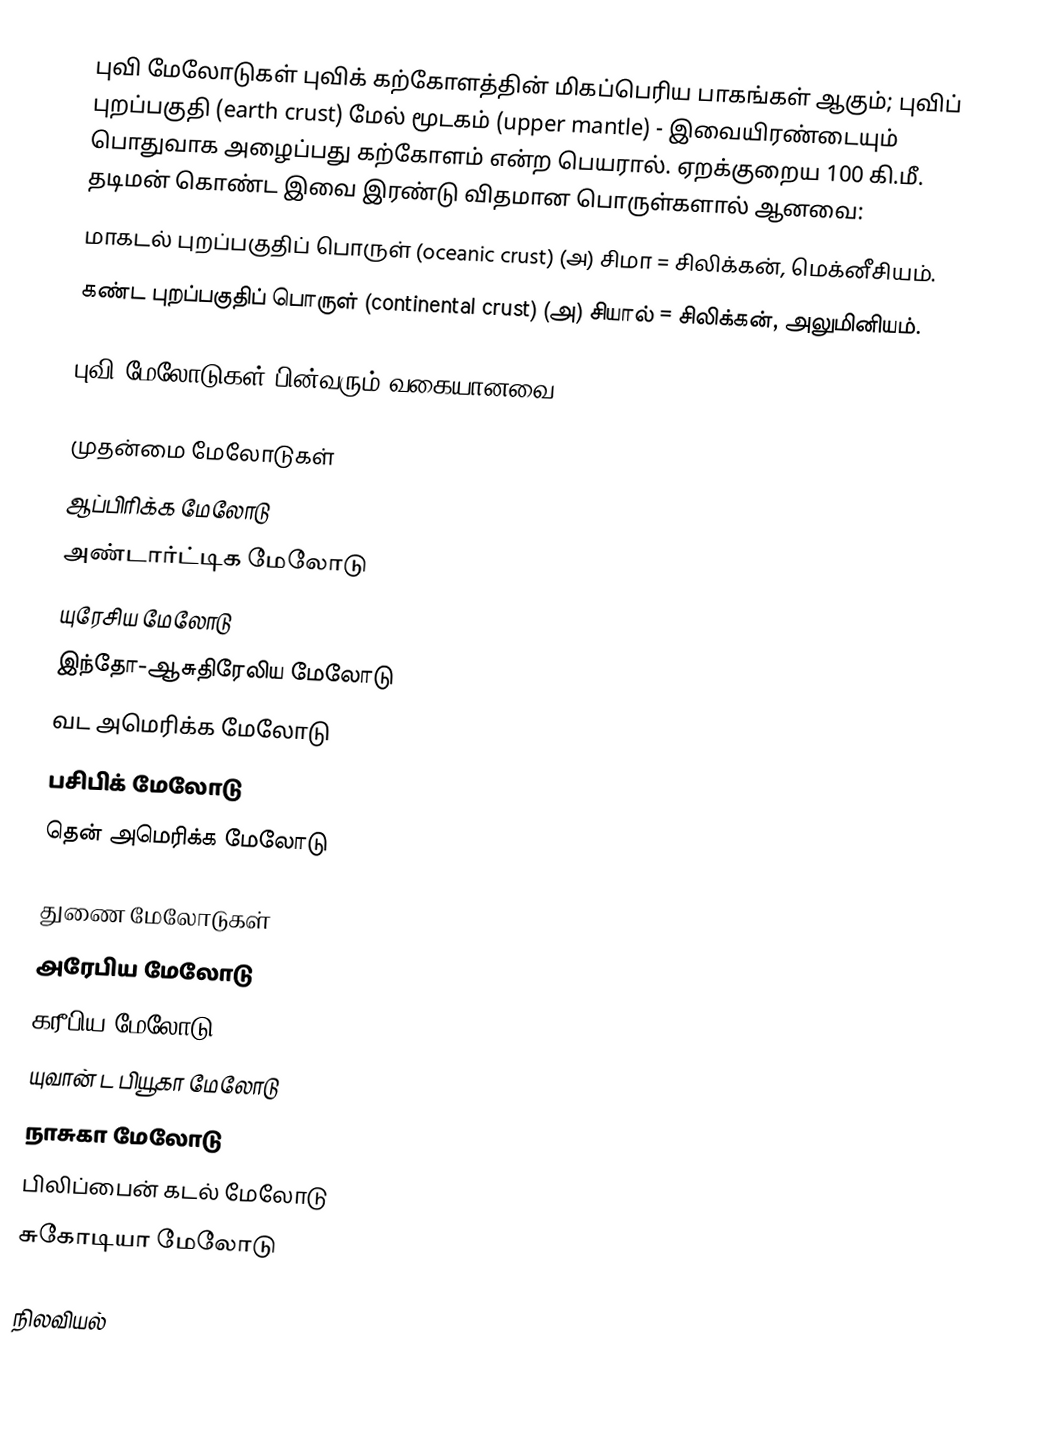
புவி மேலோடுகள் புவிக் கற்கோளத்தின் மிகப்பெரிய பாகங்கள் ஆகும்; புவிப் புறப்பகுதி (earth crust) மேல் மூடகம் (upper mantle) - இவையிரண்டையும் பொதுவாக அழைப்பது கற்கோளம் என்ற பெயரால். ஏறக்குறைய 100 கி.மீ. தடிமன் கொண்ட இவை இரண்டு விதமான பொருள்களால் ஆனவை:
 மாகடல் புறப்பகுதிப் பொருள் (oceanic crust) (அ) சிமா = சிலிக்கன், மெக்னீசியம்.
 கண்ட புறப்பகுதிப் பொருள் (continental crust) (அ) சியால் = சிலிக்கன், அலுமினியம்.

புவி மேலோடுகள் பின்வரும் வகையானவை:

முதன்மை மேலோடுகள்
 ஆப்பிரிக்க மேலோடு
 அண்டார்ட்டிக மேலோடு
 யுரேசிய மேலோடு
 இந்தோ-ஆசுதிரேலிய மேலோடு
 வட அமெரிக்க மேலோடு
 பசிபிக் மேலோடு
 தென் அமெரிக்க மேலோடு

துணை மேலோடுகள்
 அரேபிய மேலோடு
 கரீபிய மேலோடு
 யுவான் ட பியூகா மேலோடு
 நாசுகா மேலோடு
 பிலிப்பைன் கடல் மேலோடு
 சுகோடியா மேலோடு

நிலவியல்